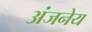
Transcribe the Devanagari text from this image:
अंजनेय